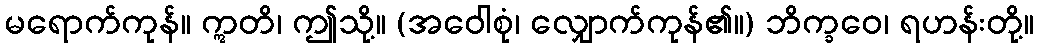
မရောက်ကုန်။ ဣတိ၊ ဤသို့။ (အဝေါစုံ၊ လျှောက်ကုန်၏။) ဘိက္ခဝေ၊ ရဟန်းတို့။